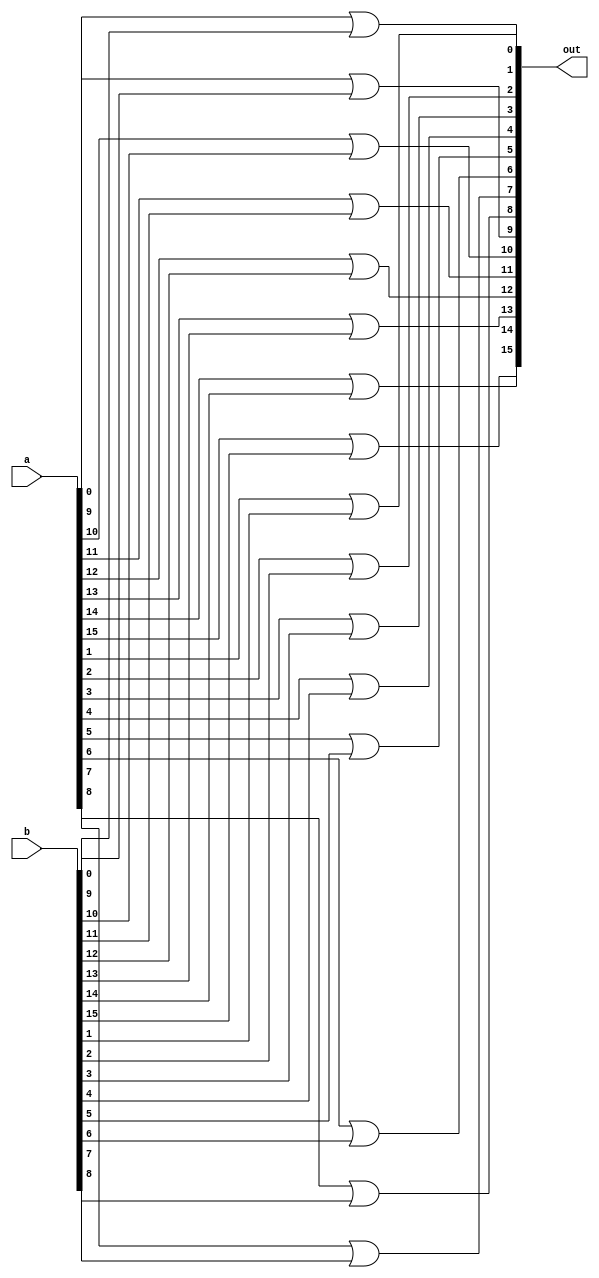
module Or16 (
  input[15:0]  a,
  input[15:0]  b,
  output[15:0] out
);

  genvar i;
  for(i=0; i<16; i=i+1) begin
    or(out[i], a[i], b[i]);
  end

endmodule